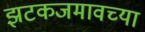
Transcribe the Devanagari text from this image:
झटकजमावच्या